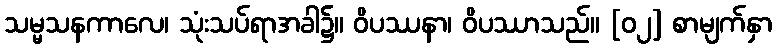
သမ္မသနကာလေ၊ သုံးသပ်ရာအခါ၌။ ဝိပဿနာ၊ ဝိပဿာသည်။ [၀၂] စာမျက်နှာ